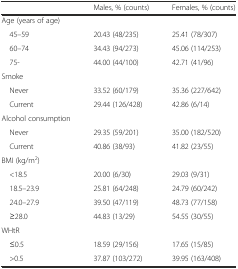
<table><thead><tr><td>[EMPTY_CELL]</td><td><b>Males, % (counts)</b></td><td><b>Females, % (counts)</b></td></tr></thead><tbody><tr><td>Age (years of age)</td><td>[EMPTY_CELL]</td><td>[EMPTY_CELL]</td></tr><tr><td> 45–59</td><td>20.43 (48/235)</td><td>25.41 (78/307)</td></tr><tr><td> 60–74</td><td>34.43 (94/273)</td><td>45.06 (114/253)</td></tr><tr><td> 75-</td><td>44.00 (44/100)</td><td>42.71 (41/96)</td></tr><tr><td>Smoke</td><td>[EMPTY_CELL]</td><td>[EMPTY_CELL]</td></tr><tr><td> Never</td><td>33.52 (60/179)</td><td>35.36 (227/642)</td></tr><tr><td> Current</td><td>29.44 (126/428)</td><td>42.86 (6/14)</td></tr><tr><td>Alcohol consumption</td><td>[EMPTY_CELL]</td><td>[EMPTY_CELL]</td></tr><tr><td> Never</td><td>29.35 (59/201)</td><td>35.00 (182/520)</td></tr><tr><td> Current</td><td>40.86 (38/93)</td><td>41.82 (23/55)</td></tr><tr><td>BMI (kg/m<sup>2</sup>)</td><td>[EMPTY_CELL]</td><td>[EMPTY_CELL]</td></tr><tr><td> &lt;18.5</td><td>20.00 (6/30)</td><td>29.03 (9/31)</td></tr><tr><td> 18.5–23.9</td><td>25.81 (64/248)</td><td>24.79 (60/242)</td></tr><tr><td> 24.0–27.9</td><td>39.50 (47/119)</td><td>48.73 (77/158)</td></tr><tr><td> ≥28.0</td><td>44.83 (13/29)</td><td>54.55 (30/55)</td></tr><tr><td>WHtR</td><td>[EMPTY_CELL]</td><td>[EMPTY_CELL]</td></tr><tr><td> ≤0.5</td><td>18.59 (29/156)</td><td>17.65 (15/85)</td></tr><tr><td> &gt;0.5</td><td>37.87 (103/272)</td><td>39.95 (163/408)</td></tr></tbody></table>